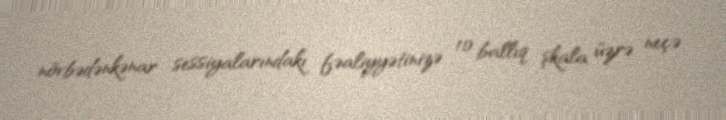
növbədənkənar sessiyalarındakı fəaliyyətinizə 10 ballıq şkala üzrə neçə